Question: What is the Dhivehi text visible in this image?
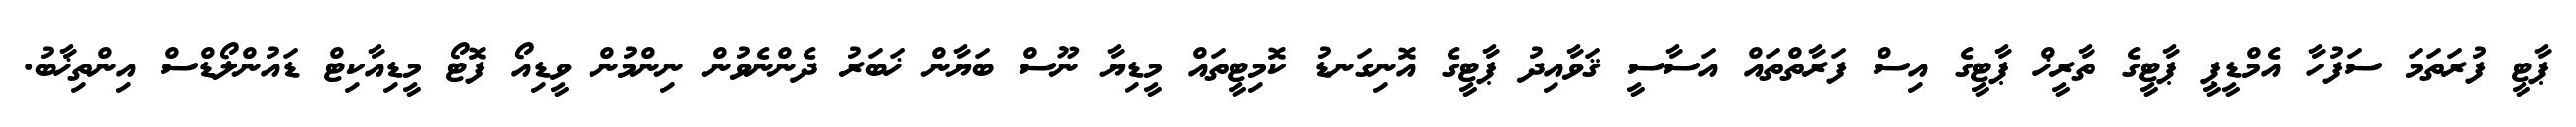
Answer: ޕާޓީ ފުރަތަމަ ސަފުހާ އެމްޑީޕީ ޕާޓީގެ ތާރީޚް ޕާޓީގެ އިސް ފަރާތްތައް އަސާސީ ޤަވާއިދު ޕާޓީގެ އޮނިގަނޑު ކޮމިޓީތައް މީޑިޔާ ނޫސް ބަޔާން ޚަބަރު ދެންނެވުން ނިންމުން ވީޑިއޯ ފޮޓޯ މީޑިއާކިޓް ޑައުންލޯޑްސް އިންތިޚާބު.